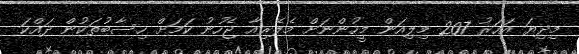
މިދިޔަ އަހަރު 207 މިލިއަން މީހުންނަށް މެލޭރިއާ ޖެހުނު ކަމަށް ހިސާބުތަކުން ދައްކަ